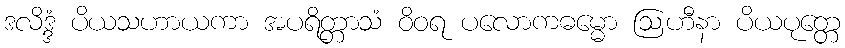
ဒလိဒ္ဒံ ပိယသဟာယကာ အပရိတ္တာသံ ဝိဝရ ပလောကဓမ္မော ဩဟီနာ ပိယပုတ္တေ